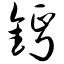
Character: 钙